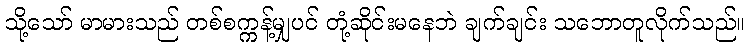
သို့သော် မာမားသည် တစ်စက္ကန့်မျှပင် တုံ့ဆိုင်းမနေဘဲ ချက်ချင်း သဘောတူလိုက်သည်။